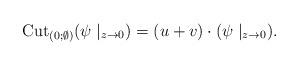
LaTeX: \begin{align*}{\rm Cut}_{(0;\emptyset)}(\psi\mid_{z\to0})=(u+v)\cdot(\psi\mid_{z\to0}).\end{align*}